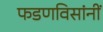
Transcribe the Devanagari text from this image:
फडणविसांनीं